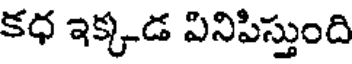
కధ ఇక్కడ వినిపిస్తుంది